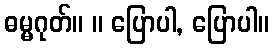
ဓမ္မဂုတ်။ ။ ပြောပါ, ပြောပါ။